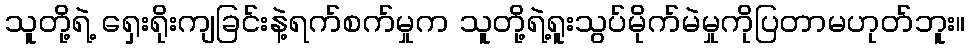
သူတို့ရဲ့ ရှေးရိုးကျခြင်းနဲ့ရက်စက်မှုက သူတို့ရဲ့ရူးသွပ်မိုက်မဲမှုကိုပြတာမဟုတ်ဘူး။